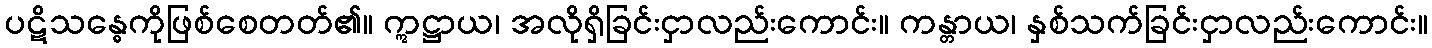
ပဋိသန္ဓေကိုဖြစ်စေတတ်၏။ ဣဋ္ဌာယ၊ အလိုရှိခြင်းငှာလည်းကောင်း။ ကန္တာယ၊ နှစ်သက်ခြင်းငှာလည်းကောင်း။